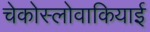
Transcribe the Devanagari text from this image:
चेकोस्लोवाकियाई